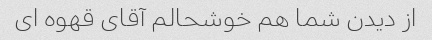
از دیدن شما هم خوشحالم آقای قهوه ای